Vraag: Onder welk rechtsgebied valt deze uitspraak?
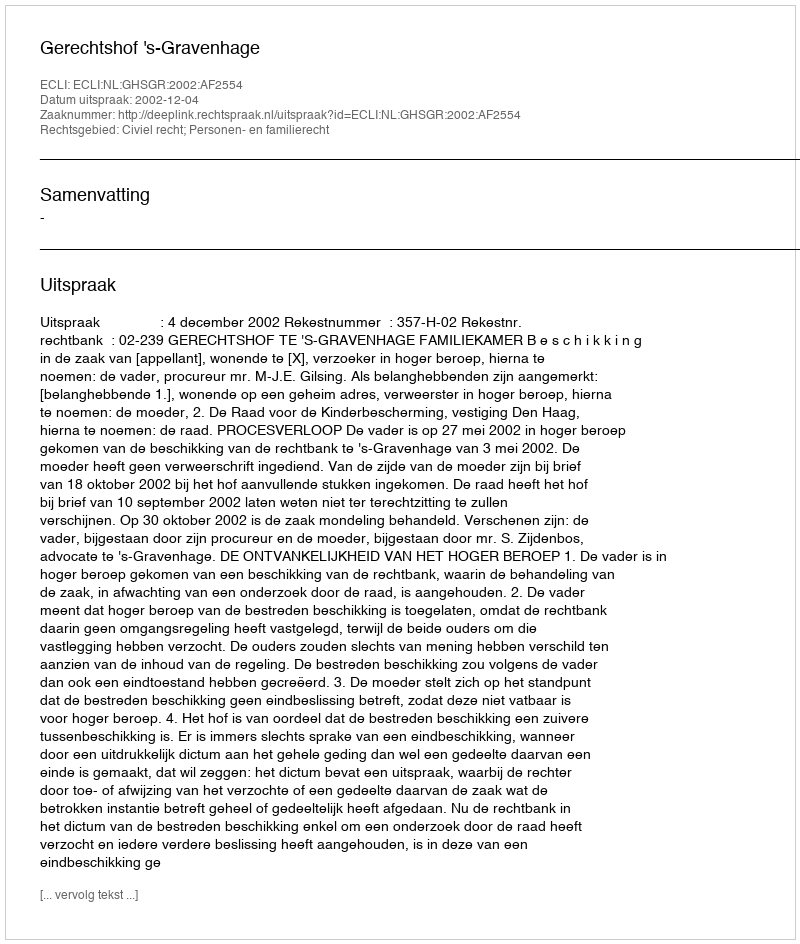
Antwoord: Civiel recht; Personen- en familierecht